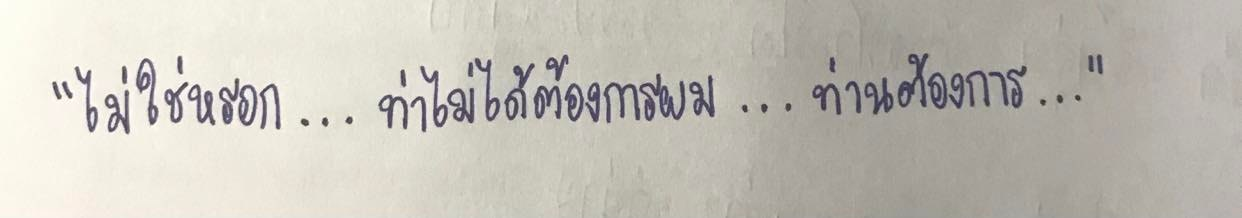
"ไม่ใช่หรอก...ท่านไม่ได้ต้องการผม...ท่านต้องการ..."